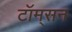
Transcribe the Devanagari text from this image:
टॉम्‌सन